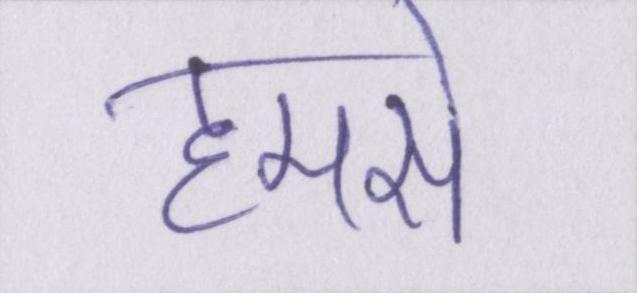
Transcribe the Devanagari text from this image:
हमसे